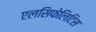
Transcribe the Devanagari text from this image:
एलसिफेलिटिस